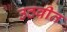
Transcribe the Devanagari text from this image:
उठवीत